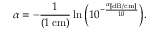
\alpha = - \frac { 1 } { ( 1 \, \mathrm { c m } ) } \ln \Big ( 1 0 ^ { - \frac { \alpha _ { [ \mathrm { d B / c m } ] } } { 1 0 } } \Big ) .